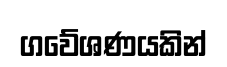
ගවේශණයකින්